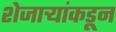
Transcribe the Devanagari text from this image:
शेजार्‍यांकडून